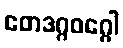
ဧတဒဂ္ဂဝဂ္ဂေါ